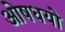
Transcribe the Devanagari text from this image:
ओषधयो